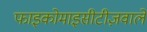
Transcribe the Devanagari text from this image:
फाइकोमाइसीटीज़वाले